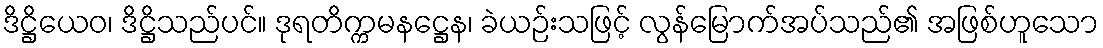
ဒိဋ္ဌိယေဝ၊ ဒိဋ္ဌိသည်ပင်။ ဒုရတိက္ကမနဋ္ဌေန၊ ခဲယဉ်းသဖြင့် လွန်မြောက်အပ်သည်၏ အဖြစ်ဟူသော